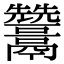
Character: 𩱩